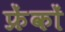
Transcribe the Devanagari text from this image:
फ्रेंकों